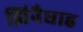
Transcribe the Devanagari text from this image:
झिनैधाह